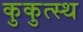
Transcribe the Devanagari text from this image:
कुकुत्स्थ